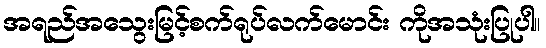
အရည်အသွေးမြင့်စက်ရုပ်လက်မောင်း ကိုအသုံးပြုပါ။